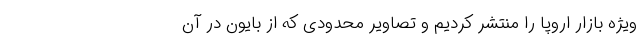
ویژه بازار اروپا را منتشر کردیم و تصاویر محدودی که از بایون در آن